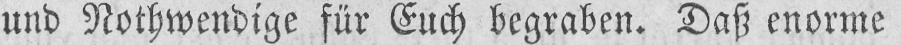
und Nothwendige für Euch begraben. Daß enorme